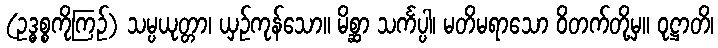
(ဥဒ္ဓစ္စကိုကြဉ်) သမ္ပယုတ္တာ၊ ယှဉ်ကုန်သော။ မိစ္ဆာ သင်္ကပ္ပါ၊ မတိမရာသော ဝိတက်တို့မှ။ ဝုဋ္ဌာတိ၊